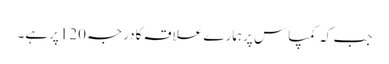
جب کہ کمپاس پرہمارے علاقہ کادرجہ 120پرہے۔